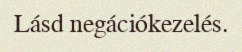
Lásd negációkezelés.